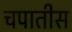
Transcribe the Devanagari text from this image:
चपातीस